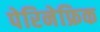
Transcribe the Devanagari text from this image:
पेरिनेफ्रिक